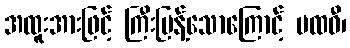
အထူးအားဖြင့် ကြီးပြန့်သောကြောင့် ပထဝီ၊